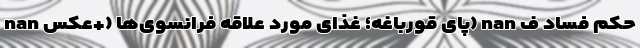
nan پای قورباغه؛ غذای مورد علاقه فرانسوی‌ها (+عکس) nan حکم فساد ف